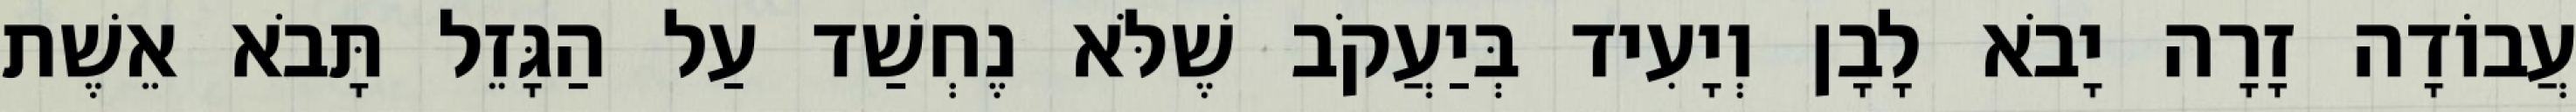
עֲבוֹדָה זָרָה יָבֹא לָבָן וְיָעִיד בְּיַעֲקֹב שֶׁלֹּא נֶחְשַׁד עַל הַגָּזֵל תָּבֹא אֵשֶׁת